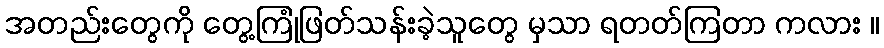
အတည်းတွေကို တွေ့ကြုံဖြတ်သန်းခဲ့သူတွေ မှသာ ရတတ်ကြတာ ကလား ။